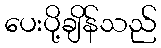
ပေးပို့ချိန်သည်